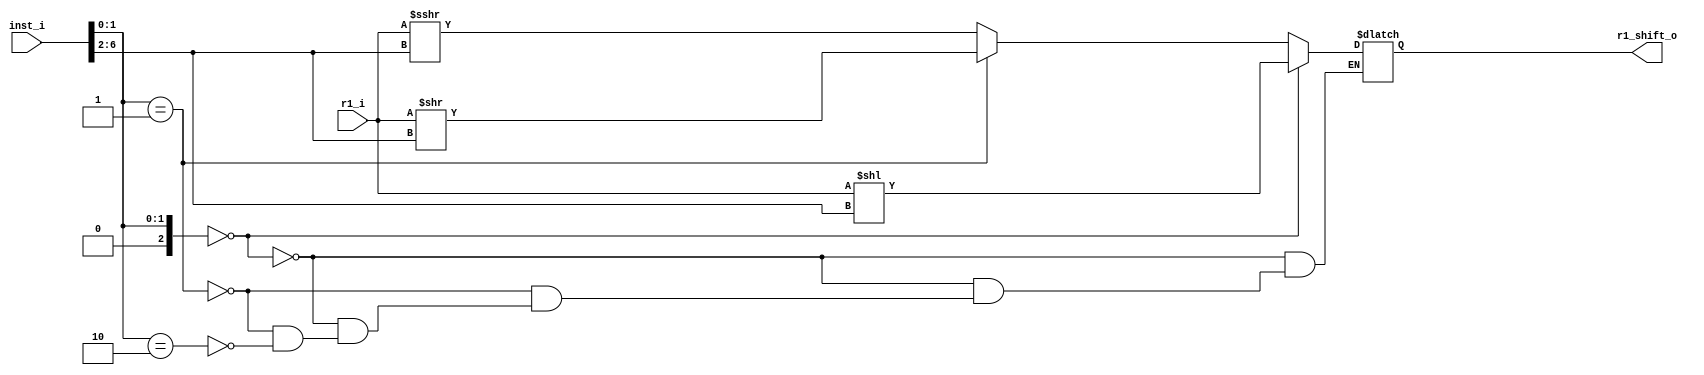
module shifter ( input wire [6:0] inst_i
  , input wire  signed [31:0] r1_i
  , output reg [31:0] r1_shift_o
  );

  wire [4:0] shift_imm;
  wire [2:0] shift_type;
  wire signed [31:0] r1_shift_tmp;

  assign shift_imm = inst_i[6:2];
  assign shift_type = inst_i[1:0];

  always @(*) begin
    if (shift_type == 0)  //logical shift left
      r1_shift_o = r1_i << shift_imm;
    else if (shift_type == 2'b01) //logical shift right
      r1_shift_o = r1_i >> shift_imm;
    else if (shift_type == 2'b10) //arithmetic shift right.
      r1_shift_o = r1_i >>> shift_imm;
  end
endmodule